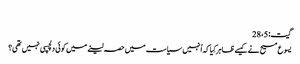
‏
گیت:‏ 5،‏ 28
یسوع مسیح نے کیسے ظاہر کِیا کہ اُنہیں سیاست میں حصہ لینے میں کوئی دلچسپی نہیں تھی؟